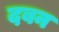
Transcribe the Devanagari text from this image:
दबन